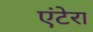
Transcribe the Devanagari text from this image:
एंटेरा